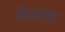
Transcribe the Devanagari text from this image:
विंकारोज़ा